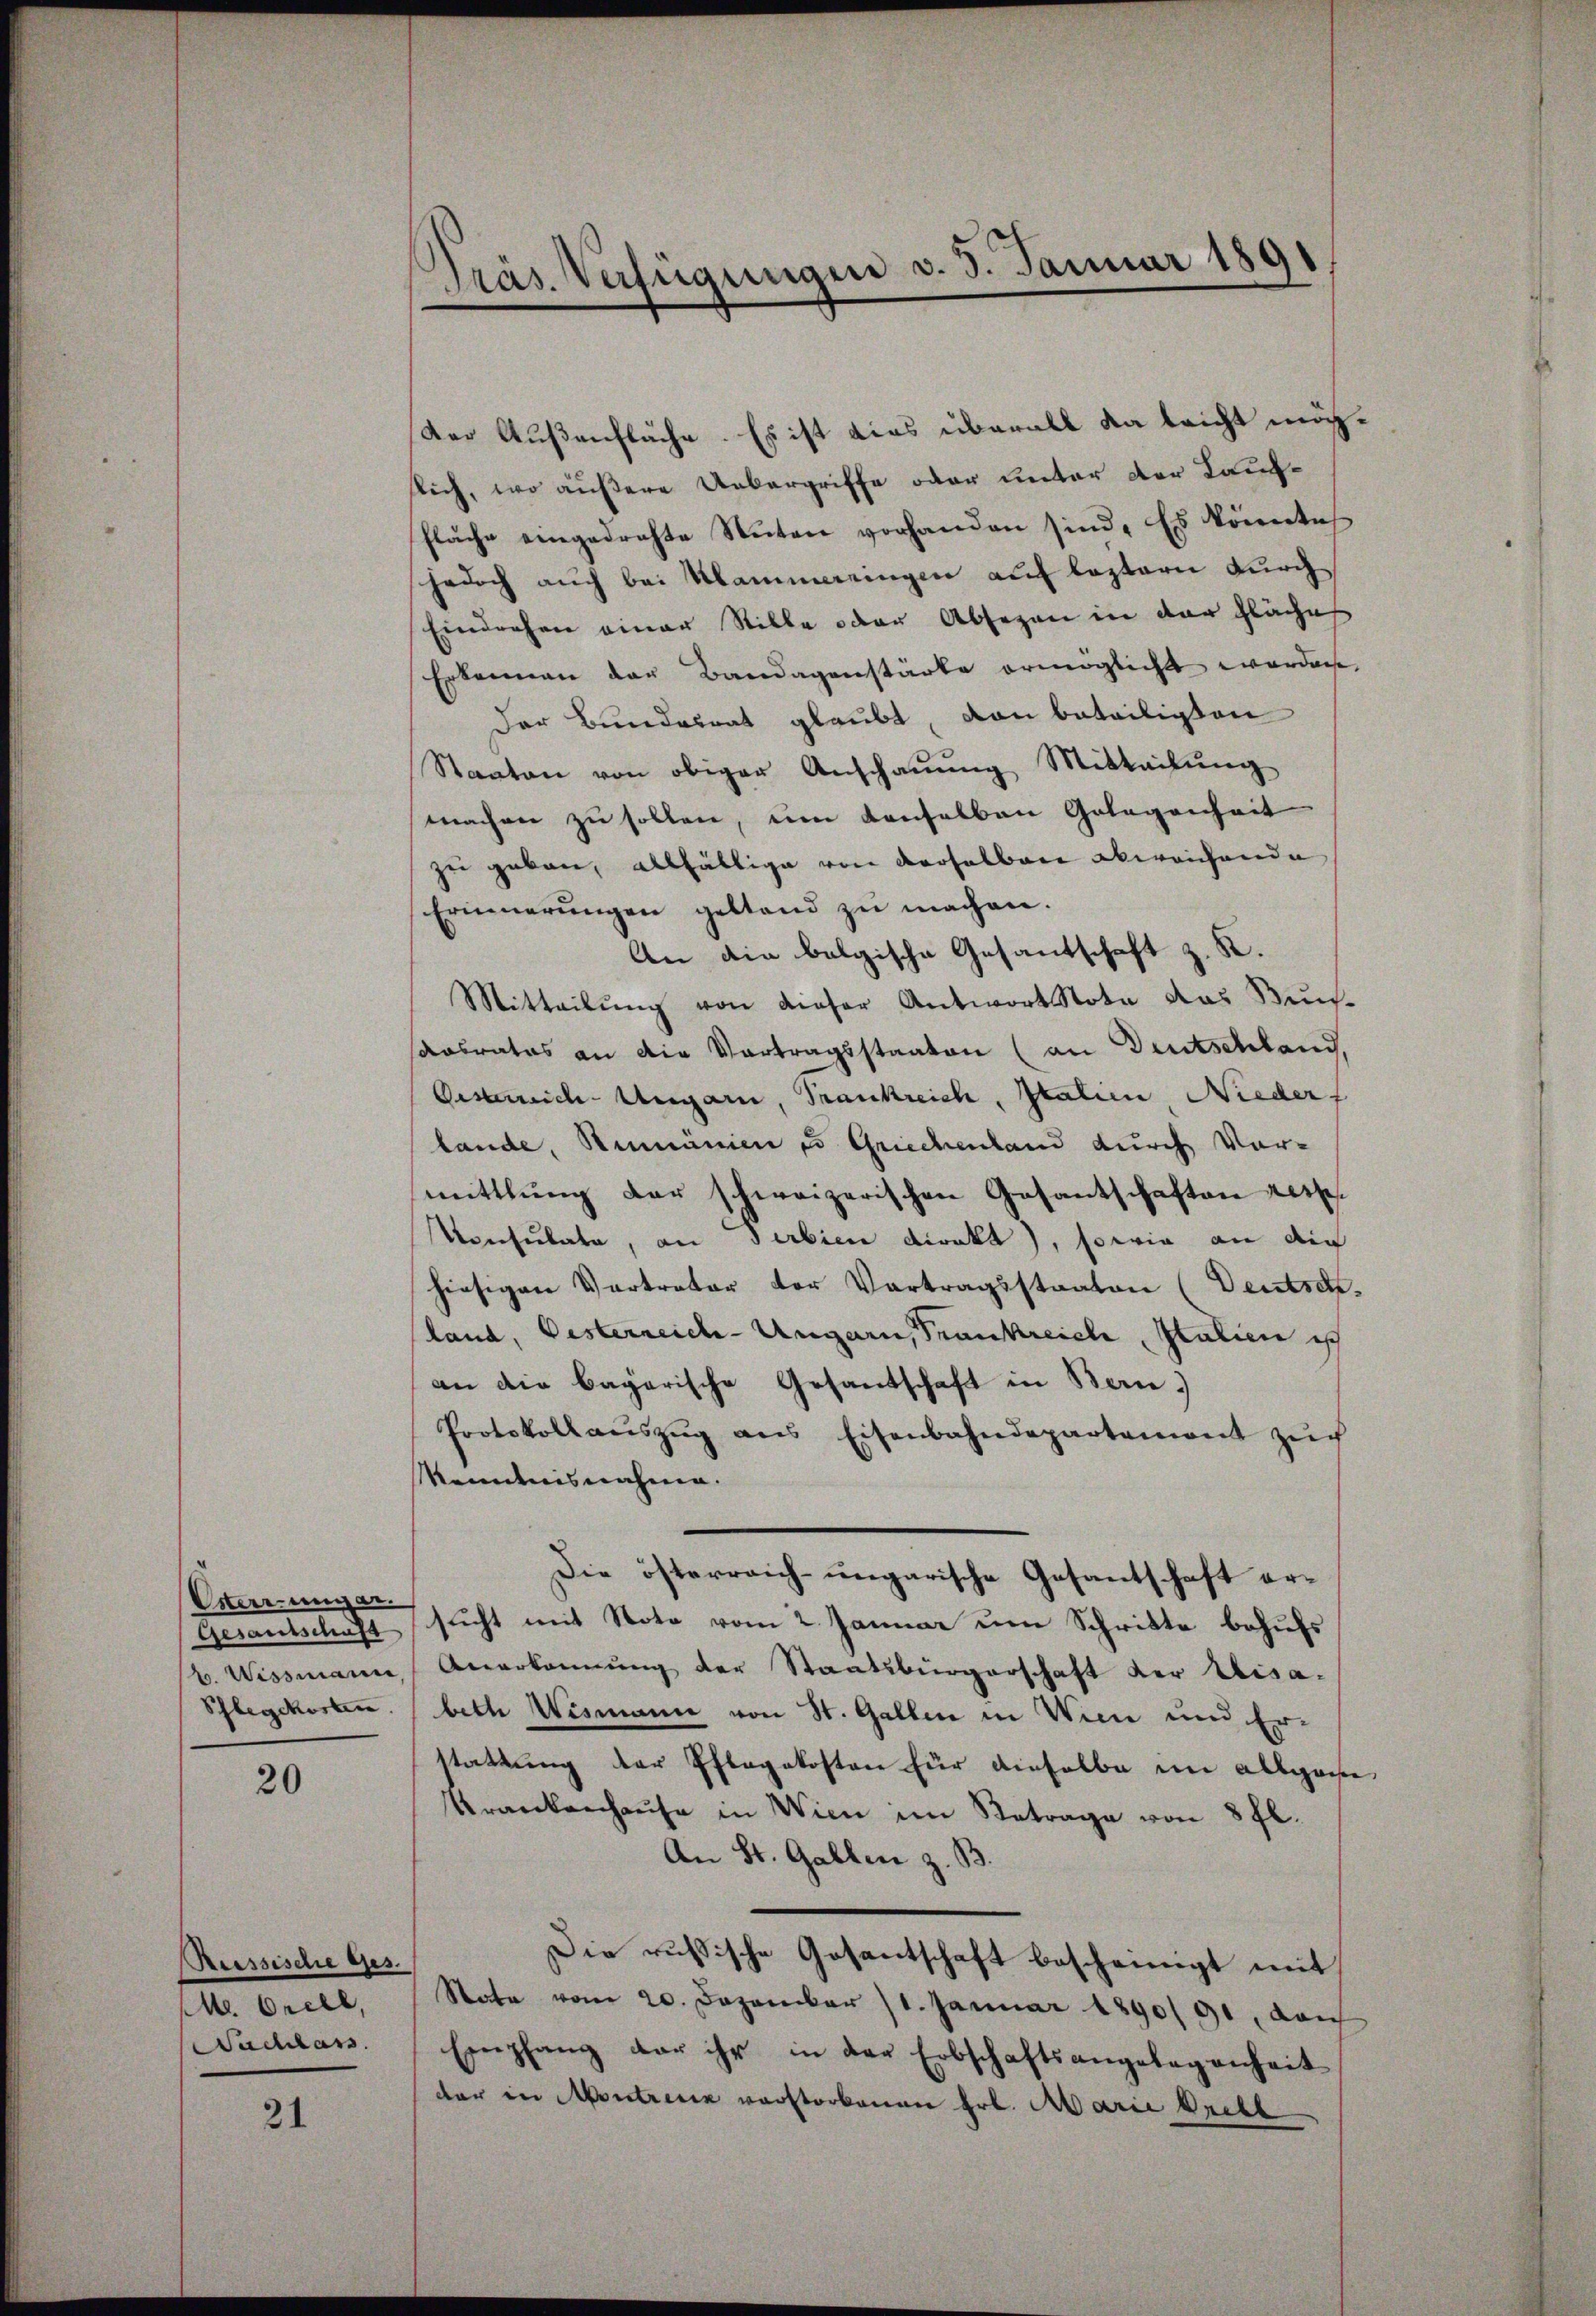
Osterrunger.
Schlegekosten.

20

Rressische Ges.
M. Orell,
Sachlass

21

Präs. Verfügungen v. 3. Januar 1891

Der Außenfläche. Es ist dies überall da leicht möchslich, wo äußere Uebergriffe oder unter der Kauffläche eingedrehte Stuten vorhanden sind. Es könnte,
jedoch auch bei Klammeringen auf leztern durch
Eindrohen einer Stille oder Absezen in der Fläche
Erkennen der Bandagenstärke ermöglicht worden
Der Bundesrat glaubt, von beteiligten
Staaten von obiger Anschauung Mitteilung
machen zu sollen, um denselben Gelegenheit
zu geben, allfällige von derselben abereichende
Erinnerŭngen geltend zŭ machen.
An die belgische Gesandschaft z. B.
Mitteilung von dieser Antwort Note das Kunssaabrates an die Vortragsstaaten (an Deutschland,
Oesterreich-Ungarn, Frankreich, Italien Nieder
lande, Rumänien es Griechenland durch Vor-
mittlung der schweizerischen Gasantschaften rette
Konsulate, an derbien direkt, sowie an die
hiesigen Vertreter der Vertragsstaaten (Deutsch
(land, Oesterreich-Ungarn, Trankreich Italien isch
an die bagarische Gesandschaft in Ban
Protokollaŭszŭg ans Eisenbahndepartement zŭr
Menntnisnahme.
Die österreich-ungarische Gesantschaft er¬
Gesantschaft sicht mit Note vom 2. Januar um Schritte behufs
b. Wissmann Anerkennung der Staatsbürgerschaft der Lisa-
bethe Wismann von St. Gallen in Wien und Erstattung der Pflegekosten für dieselbe im allgasse
Krankenhaŭse in Wien im Betrage von 8 fl.
An St. Gallen z. B.
Die russische Gesantschaft bescheinigt mit
Rate vom 20. Dezember 11. Januar 1890/91, Laich
Empfang der ihr in der Erbschaftsangelegenheit
der in Montreux verstorbenen Frl. Marie Brett